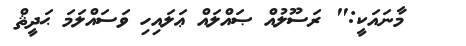
މާނައަކީ:" ރަސޫލުއް ޞައްލައް ޢަލައިހި ވަސައްލަމަ ޙަދީޘް